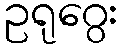
ဥရုဂွေး